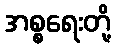
အစ္စရေးတို့